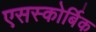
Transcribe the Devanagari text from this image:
एसस्कोर्बिक